Laimjala_vallavalitsus, lk 42
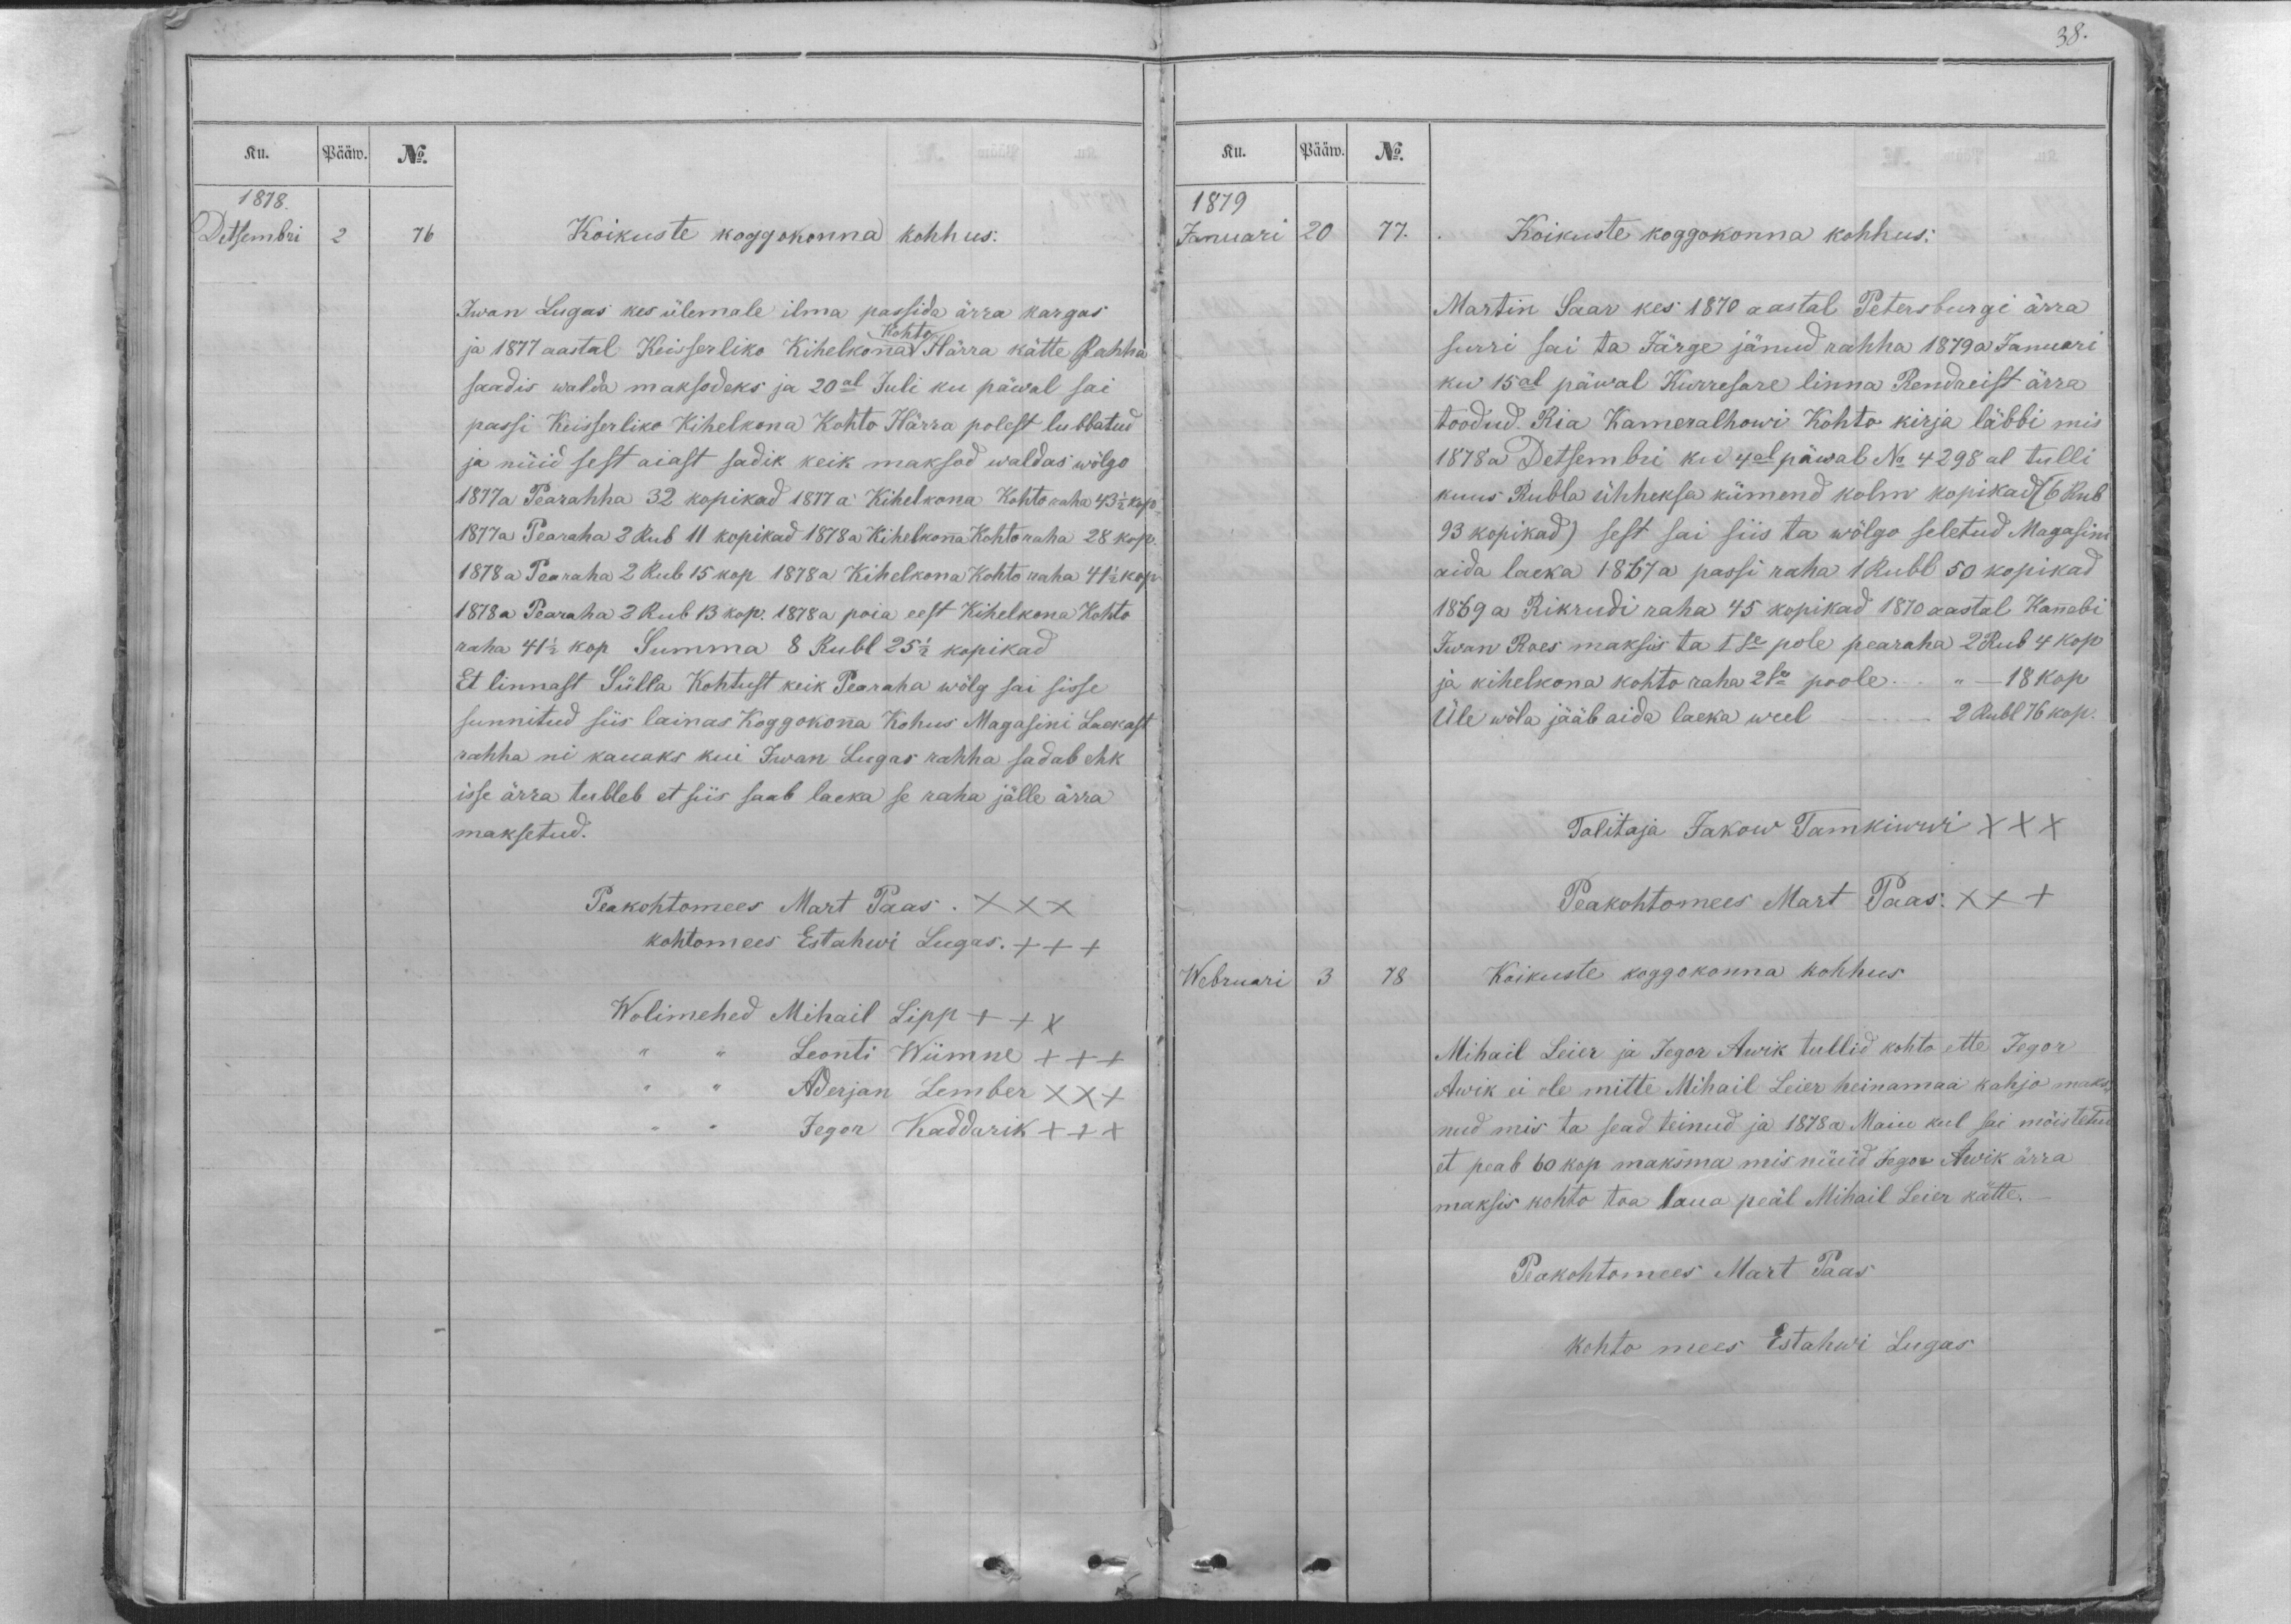
Ku.
Pääw.
No
1878.
Detsembri
2
76
Koikuste koggokonna kohhus.
Iwan Lugas kes ülemale ilma passida ärra kargas
Kohto
ja 1877 aastal Keisserliko Kihelkonna Härra kätte Rahha
saadis walda maksodeks ja 20al Juli ku päwal sai
passi Keisserliko Kihelkona Kohto Härra polest lubbatud
ja nüid sest aiast sadik keik maksod waldas wölgo
1877a Pearahha 32 kopikad 1877 a Kihelkona Kohto raha 43 1/2 kop.
1877a Pearaha 2 Rub 11 kopikad 1878a Kihelkonna Kohto raha 28 kop.
1878 a Pearaha 2 Rub 15 kop 1878 a Kihelkona Kohto raha 41 1/2 kop
1878 a Pearaha 2 Rub 13 kop. 1878 a poia eest Kihelkona Kohto
raha 41 1/2 kop Summa 8 Rubl 25 1/2 kopikad
Et linnast Sülla Kohtust keik Pearaha wölg sai sisse
sunnitud siis lainas Koggokonna Kohus Magasini Laekast
rahha ni kauaks kui Iwan Lugas rahha sadab ehk
isse ärra tubleb et siis saab laeka se raha jälle ärra
maksetud.
Peakohtomees Mart Paas. XXX
kohtomees Estahwi Lugas. XXX
Wolimehed Mihail Lipp XXX
,, ,, Leonti Wiimne XXX
,, ,, Aderjan Lember XXX
,, ,, Jegor Kaddarik XXX

38.
Ku.
Pääw.
No.
1879
Januari
20
77.
Koikuste koggokonna kohhus.
Martin Saar kes 1870 aastal Petersburgi ärra
surri sai ta Järge jänud rahha 1879 a Januari
ku 15al päwal Kurresare linna Rendreist ärra
toodud. Ria Kameralhowi Kohto kirja läbbi mis
1878 a Detsembri ku 4al päwal No 4298 al tulli
kuus Rubla ühheksa kümend kolm kopikad (6 Rub
93 kopikad) sest sai siis ta wölgo seletud Magasini
aida laeka 1867 a passi raha 1 Rubl 50 kopikad
1869 a Rikrudi raha 45 kopikad 1870 aastal Kannebi
Iwan Roes maksis ta I se pole pearaha 2 Rub 4 kop
ja kihelkona kohto raha 2se poole ... ,, - 18 kop
Üle wöla jääb aida laeka weel .....  2 Rubl 76 kop.
Talitaja Jakow Tamkiwwi XXX
Peakohtomees Mart Paas. XXX
Webruari
3
78
Koikuste koggokonna kohhus
Mihail Leier ja Jegor Awik tullid kohto ette Jegor
Awik ei ole mitte Mihail Leier heinamaa kahjo maks-
nud mis ta sead teinud ja 1878 a Maiu kul sai möistetud
et peab 60 kop maksma mis nüüd Jegor Awik ärra
maksis kohto toa laua peäl Mihail Leier kätte._
Peakohtomees Mart Paas
kohto mees Estahwi Lugas.